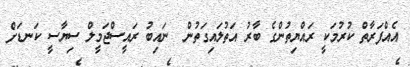
އެއްފަރާތް ކުރުމަކީ ރައްޔިތުންގެ ބާރު އަތުލައިގަތުން  ނައިބު ރައީސްޖަމީލް ސިޔާސީ ކަނޑަށް